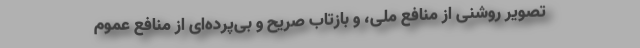
تصویر روشنی از منافع ملی، و بازتاب صریح و بی‌پرده‌ای از منافع عموم